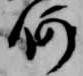
何